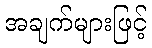
အချက်များဖြင့်